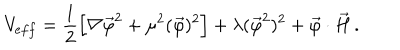
V _ { e f f } = \frac { 1 } { 2 } \left[ \nabla \vec { \varphi } ^ { 2 } + \mu ^ { 2 } ( \vec { \varphi } ) ^ { 2 } \right] + \lambda ( \vec { \varphi } ^ { 2 } ) ^ { 2 } + \vec { \varphi } \cdot \vec { H } \, .